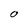
Character: O